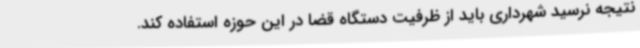
نتیجه نرسید شهرداری باید از ظرفیت دستگاه قضا در این حوزه استفاده کند.